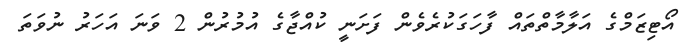
އޯޓިޒަމްގެ އަލާމާތްތައް ފާހަގަކުރެވެން ފަށަނީ ކުއްޖާގެ އުމުރުން 2 ވަނަ އަހަރު ނުވަތަ